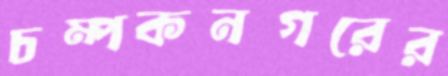
চম্পকনগরের